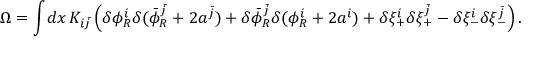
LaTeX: \Omega = \int \! d x \, K _ { i \bar { j } } \left( \delta \phi _ { R } ^ { i } \delta ( \bar { \phi } _ { R } ^ { \bar { j } } + 2 a ^ { \bar { j } } ) + \delta \bar { \phi } _ { R } ^ { \bar { j } } \delta ( \phi _ { R } ^ { i } + 2 a ^ { i } ) + \delta \xi _ { + } ^ { i } \delta \xi _ { + } ^ { \bar { j } } - \delta \xi _ { - } ^ { i } \delta \xi _ { - } ^ { \bar { j } } \right) .